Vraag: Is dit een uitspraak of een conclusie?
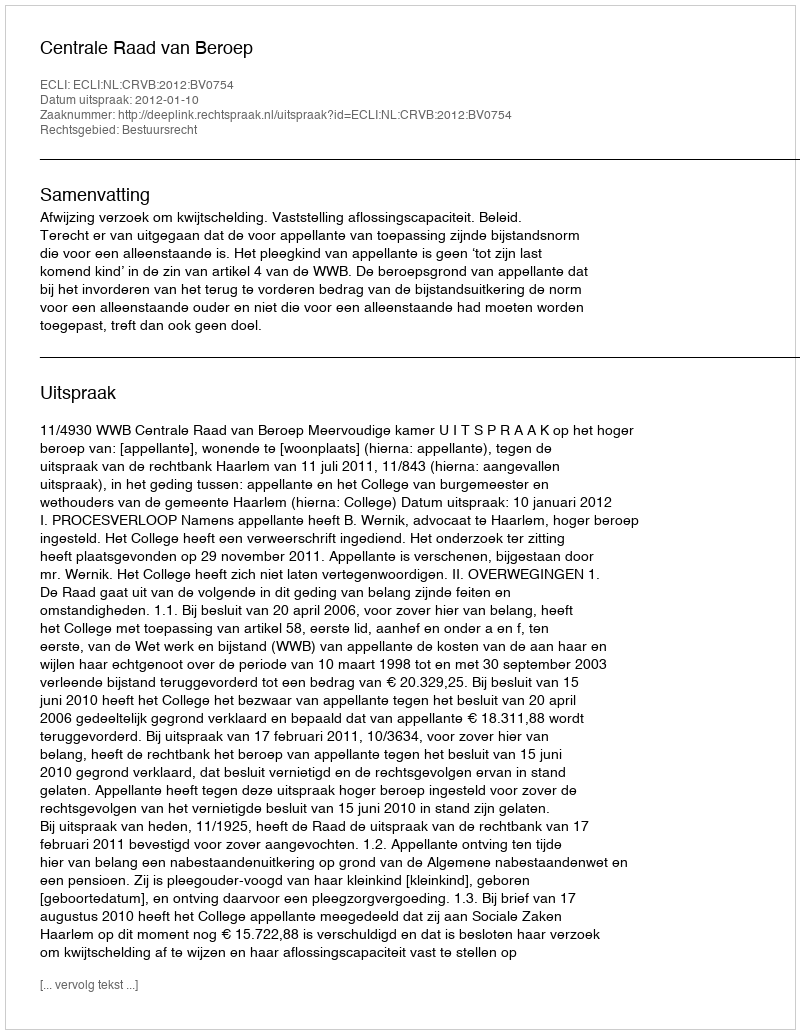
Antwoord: Uitspraak